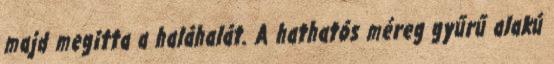
majd megitta a haláhalát. A hathatós méreg gyűrű alakú